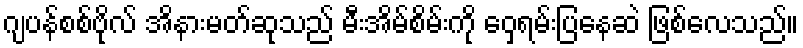
ဂျပန်စစ်ဗိုလ် အိနားမတ်ဆုသည် မီးအိမ်စိမ်းကို ဝှေ့ရမ်းပြနေဆဲ ဖြစ်လေသည်။